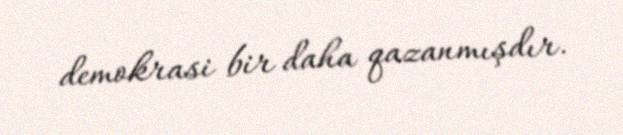
demokrasi bir daha qazanmışdır.